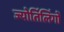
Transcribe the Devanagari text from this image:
ज्‍योर्तिलिंगों